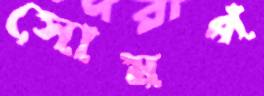
সোমপ